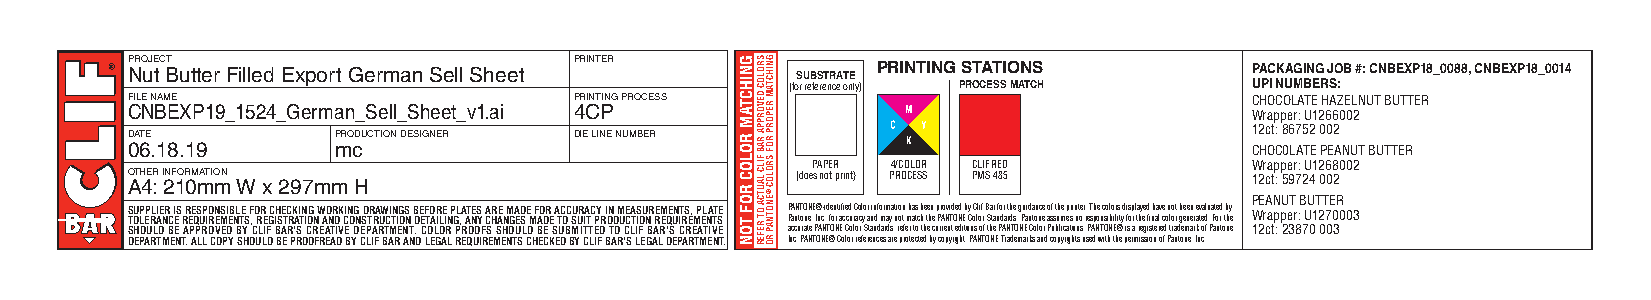
P NRO uJE tC T Butter Filled Export German Sell Sheet PRINTER SUBSTRATE PRINTING STATIONS PACKAGING JOB #: CNBEXP18_0088, CNBEXP18_0014
 (for reference only) PROCESS MATCH UPI NUMBERS:
 FILE NAME                     PRINTING PROCESS                             CHOCOLATE HAZELNUT BUTTER CNBEXP19_1524_German_Sell_Sheet_v1.ai 4CP
 Wrapper: U1266002
 DATE          PRODUCTION DESIGNER DIE LINE NUMBER                          12ct: 86752 002 06.18.19 mc CHOC0LATE PEANUT BUTTER
 PAPER 4/COLOR CLIF RED       Wrapper: U1268002
 O ATH 4E :R I 2NF 1OR 0M mATIO mN W x 297mm H (does not print) PROCESS PMS 485 12ct: 59724 002
 PEANUT BUTTER
 S TOU LP EP RL AIE NR C EIS R R EE QS UP IRO EN MSI EB NL TE S F , O RR E GC IH SE TC RK AI TN IOG N W AO NR DK CIN OG N SD TR RA UW CI TN IG OS N B DE EF TO AR ILE IN P GL ,A AT NES Y A CR HE A NM GA ED SE M F AO DR E A TC OC SU UR IA TC PY R I ON D M UCEA TIS OU NR REM EQE UN IT RS E, M P EL NA TT SE P PA anN tT oO neN ,E I® nc- .i d foen r t aif cie cd u rC aco ylo ar nin df o mr am ya nti oo tn m h aa ts c hb e te hn e p Pr Ao Nv Tid Oe Nd Eb y C oC ll oif r B Sa tr a nfo dr a rt dh se . g Pu aid na ton nc ee ao sf st uh me ep sri n nt oe r r. e T sh pe o nc so il bo ir lis t yd fis op r l ta hy ee d fi nh aa lv ce o n loo rt gb ee ne en r ae tv ea dlu . a Ft oe rd t b hy e Wrapper: U1270003 SHOULD BE APPROVED BY CLIF BAR’S CREATIVE DEPARTMENT. COLOR PROOFS SHOULD BE SUBMITTED TO CLIF BAR’S CREATIVE accurate PANTONE Color Standards, refer to the current editions of the PANTONE Color Publications. PANTONE® is a registered trademark of Pantone, 12ct: 23870 003
 DEPARTMENT. ALL COPY SHOULD BE PROOFREAD BY CLIF BAR AND LEGAL REQUIREMENTS CHECKED BY CLIF BAR’S LEGAL DEPARTMENT. Inc. PANTONE® Color references are protected by copyright. PANTONE Trademarks and copyrights used with the permission of Pantone, Inc.
 GNIHCTAM
 ROLOC
 ROF
 TON
 SROLOC
 DEVORPPA
 RAB
 FILC
 LAUTCA
 OT REFER
 GNIHCTAM
 REPORP
 ROF
 SROLOC
 ®ENOTNAP
 RO